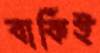
বাকিই